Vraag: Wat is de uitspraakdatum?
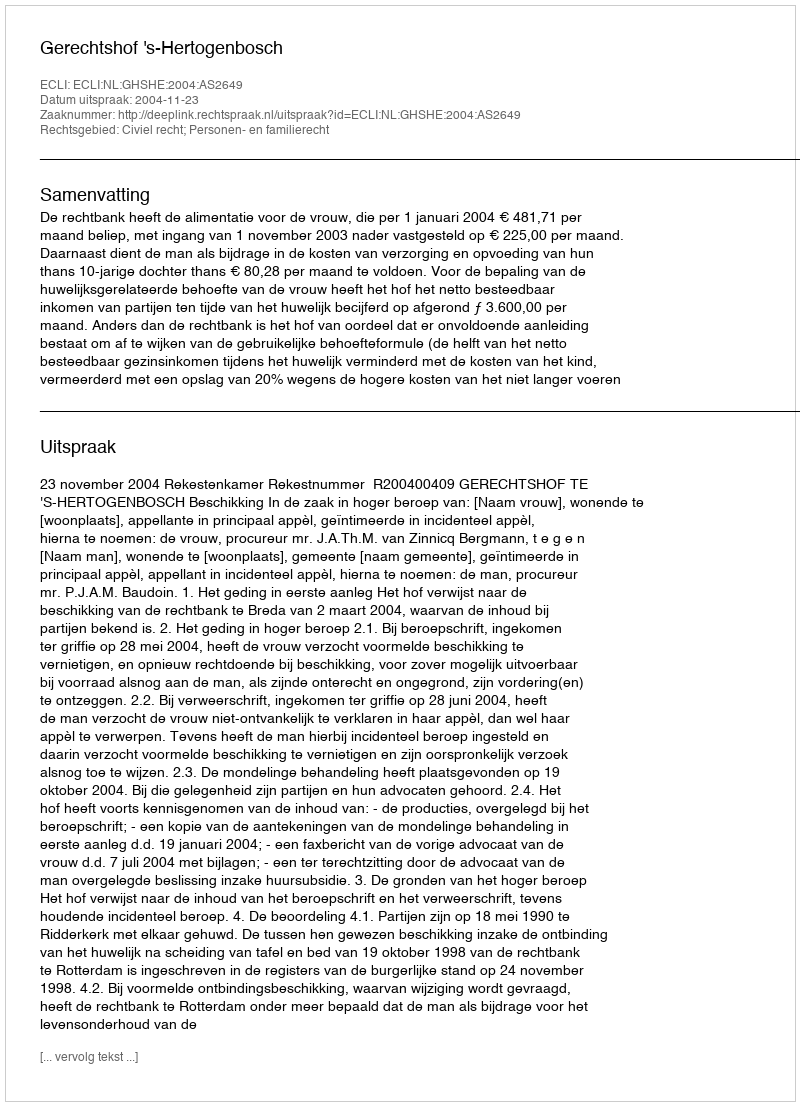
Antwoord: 2004-11-23